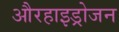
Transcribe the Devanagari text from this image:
औरहाइड्रोजन